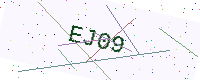
Text: EJ09